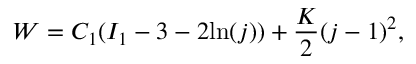
W = C _ { 1 } ( I _ { 1 } - 3 - 2 \mathrm { l n } ( j ) ) + \frac { K } { 2 } ( j - 1 ) ^ { 2 } ,